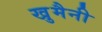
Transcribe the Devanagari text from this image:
खु़मैनी